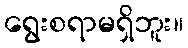
ရွေးစရာမရှိဘူး။